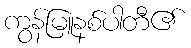
ကွန်မြူနစ်ပါတီ၏